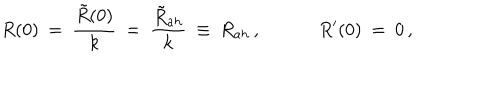
R ( 0 ) \: = \: \frac { \tilde { R } ( 0 ) } { k } \: = \: \frac { \tilde { R } _ { a h } } { k } \: \equiv \: R _ { a h } \, , \; \; R ^ { \prime } ( 0 ) \: = \: 0 \, ,